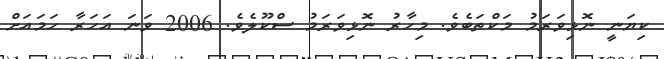
ކިޔަނީ ނޮޅިވަރަމު މަކްތަބެވެ. މިހާރު ނޮޅިވަރަމު ސްކޫލެވެ. 2006 ވަނަ އަހަރާ ހަމައަށް